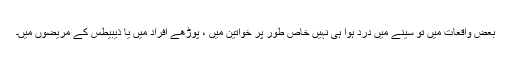
بعض واقعات میں تو سینے میں درد ہوا ہی نہیں خاص طور پر خواتین میں ، پوڑھے افراد میں یا ذیبیطس کے مریضوں میں۔